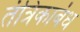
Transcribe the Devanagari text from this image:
तंत्रिकाबंध